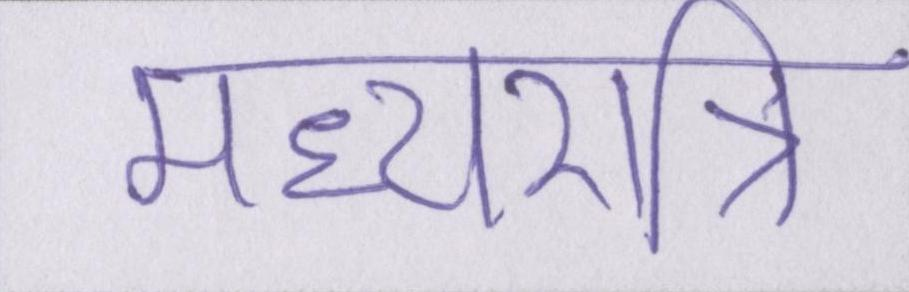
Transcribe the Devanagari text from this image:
मध्यरात्रि